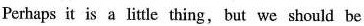
Pertaps it is a litle thing, but we should be